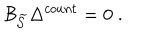
LaTeX: \mathcal { B } _ { \widetilde { \mathcal { S } } } \Delta ^ { c o u n t } = 0 \; .